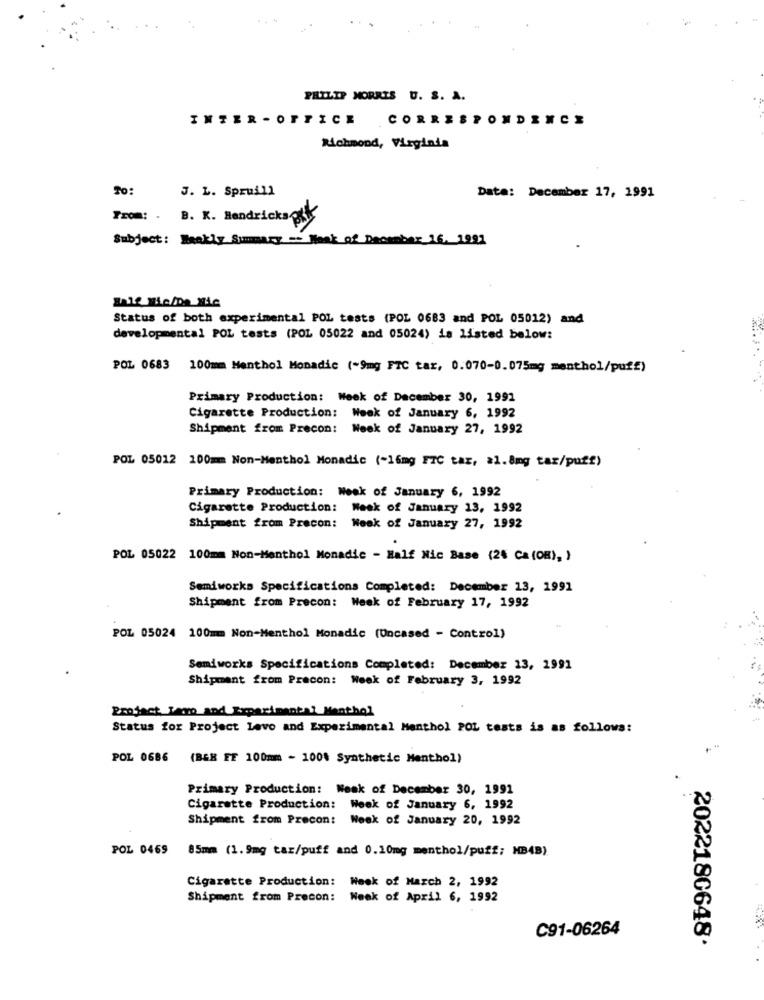
...
PHILIP MORRIS U. S. A.
INTER - OFFICE CORRESPONDENCE
Richmond, Virginia
To:
J. L. Spruill
Data: December 17, 1991
From: . B. K. Hendrickscık
Subject: Haakly Summary => Hank of December 16. 1991
Ente gie/Da Nic
Status of both experimental POL tests (POL 0683 and POL 05012) and
developmental POL tests (POL 05022 and 05024) is listed below:
POL 0683 100mm Menthol Monadic (-9mg FTC tar, 0.070-0.075mg menthol/puff)
Primary Production: Week of December 30, 1991
Cigarette Production: Week of January 6, 1992
Shipment from Precon: Week of January 27, 1992
POL 05012 100mm Non-Menthol Monadic (-16mg FTC tar, a1.8mg tar/puff)
Primary Production: Week of January 6, 1992
Cigarette Production: Week of January 13, 1992
Shipment from Precon: Week of January 27, 1992
POL 05022 100mm Non-Menthol Monadic - Half Nic Base (2% Ca (OR), )
Semiworks Specifications Completed: December 13, 1991
Shipment from Precon: Week of February 17, 1992
POL 05024 100mm Non-Menthol Monadic (Uncased - Control)
Semiworks Specifications Completed: December 13, 1991
Shipment from Precon: Week of February 3, 1992
Brojact Temo and Experimental Menthol
Status for Project Levo and Experimental Menthol POL tests is as follows:
POL 0686 (B&H FF 100mm - 100% Synthetic Menthol)
Primary Production: Weak of December 30, 1991
Cigarette Production: Week of January 6, 1992
Shipment from Precon: Week of January 20, 1992
POL 0469 85mm (1.9mg tar/puff and 0.10mg menthol/puff; HB4B)
Cigarette Production: Week of March 2, 1992
Shipment from Precon: Week of April 6, 1992
C91-06264
2022180648.